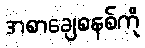
အစာချေစနစ်ကို